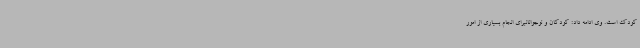
کودک است. وی ادامه داد: کودکان و نوجوانانبرای انجام بسیاری از امور